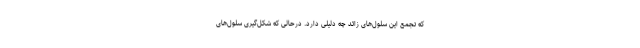
که تجمع این سلول‌های زائد چه دلیلی دارد. درحالی که شکل‌گیری سلول‌های